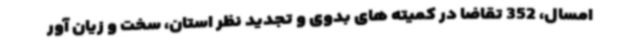
امسال، 352 تقاضا در کمیته های بدوی و تجدید نظر استان، سخت و زیان آور